Punjab Mental Hospital Lahore 1922-31 - 1922-1931
Year: 1922
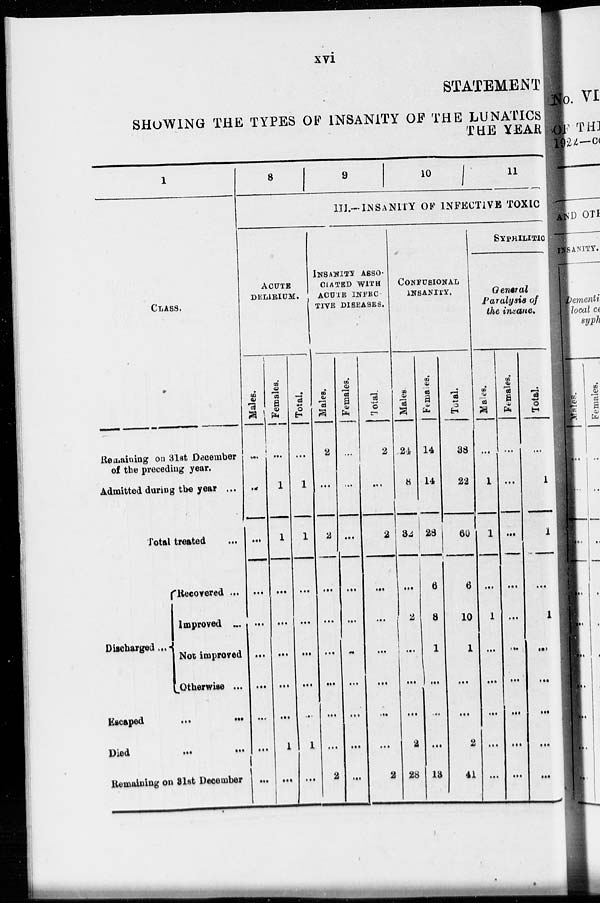
xvi
STATEMENT
SHOWING THE TYPES OF INSANITY OF THE LUNATICS
THE YEAR
1
CLASS.
Remaining on 31st December
of the preceding year.
Admitted during the year ...
Total treated ...
Discharged ...
Recovered ...
Improved ...
Not improved
Otherwise ...
Escaped
...
...
Died
...
...
Remaining on 31st December
8
9
10
11
III.–INSANITY OF INFECTIVE TOXIC
ACUTE
DELIRIUM.
Males.
...
...
...
...
...
...
...
...
...
...
Females.
...
1
1
...
...
...
...
...
1
...
Total.
...
1
1
...
...
...
...
...
1
...
INSANITY ASSO-
------ WITH
ACUTE INFES
TIVE DISEASES.
Males.
2
...
2
...
...
...
...
...
...
2
Females.
...
...
...
...
...
...
...
...
...
...
Total.
2
...
2
...
...
...
...
...
...
2
CONFUSIONAL
INSANITY.
Males.
24
8
32
...
2
...
...
...
2
28
Females.
14
14
28
6
8
1
...
...
...
13
Total.
38
22
60
6
10
1
...
...
2
41
SYPHILITIC
General
Paralysis of
the insane.
Males.
...
1
1
...
1
...
...
...
...
...
Females.
...
...
...
...
...
...
...
...
...
...
Total.
...
1
1
...
1
...
...
...
...
...